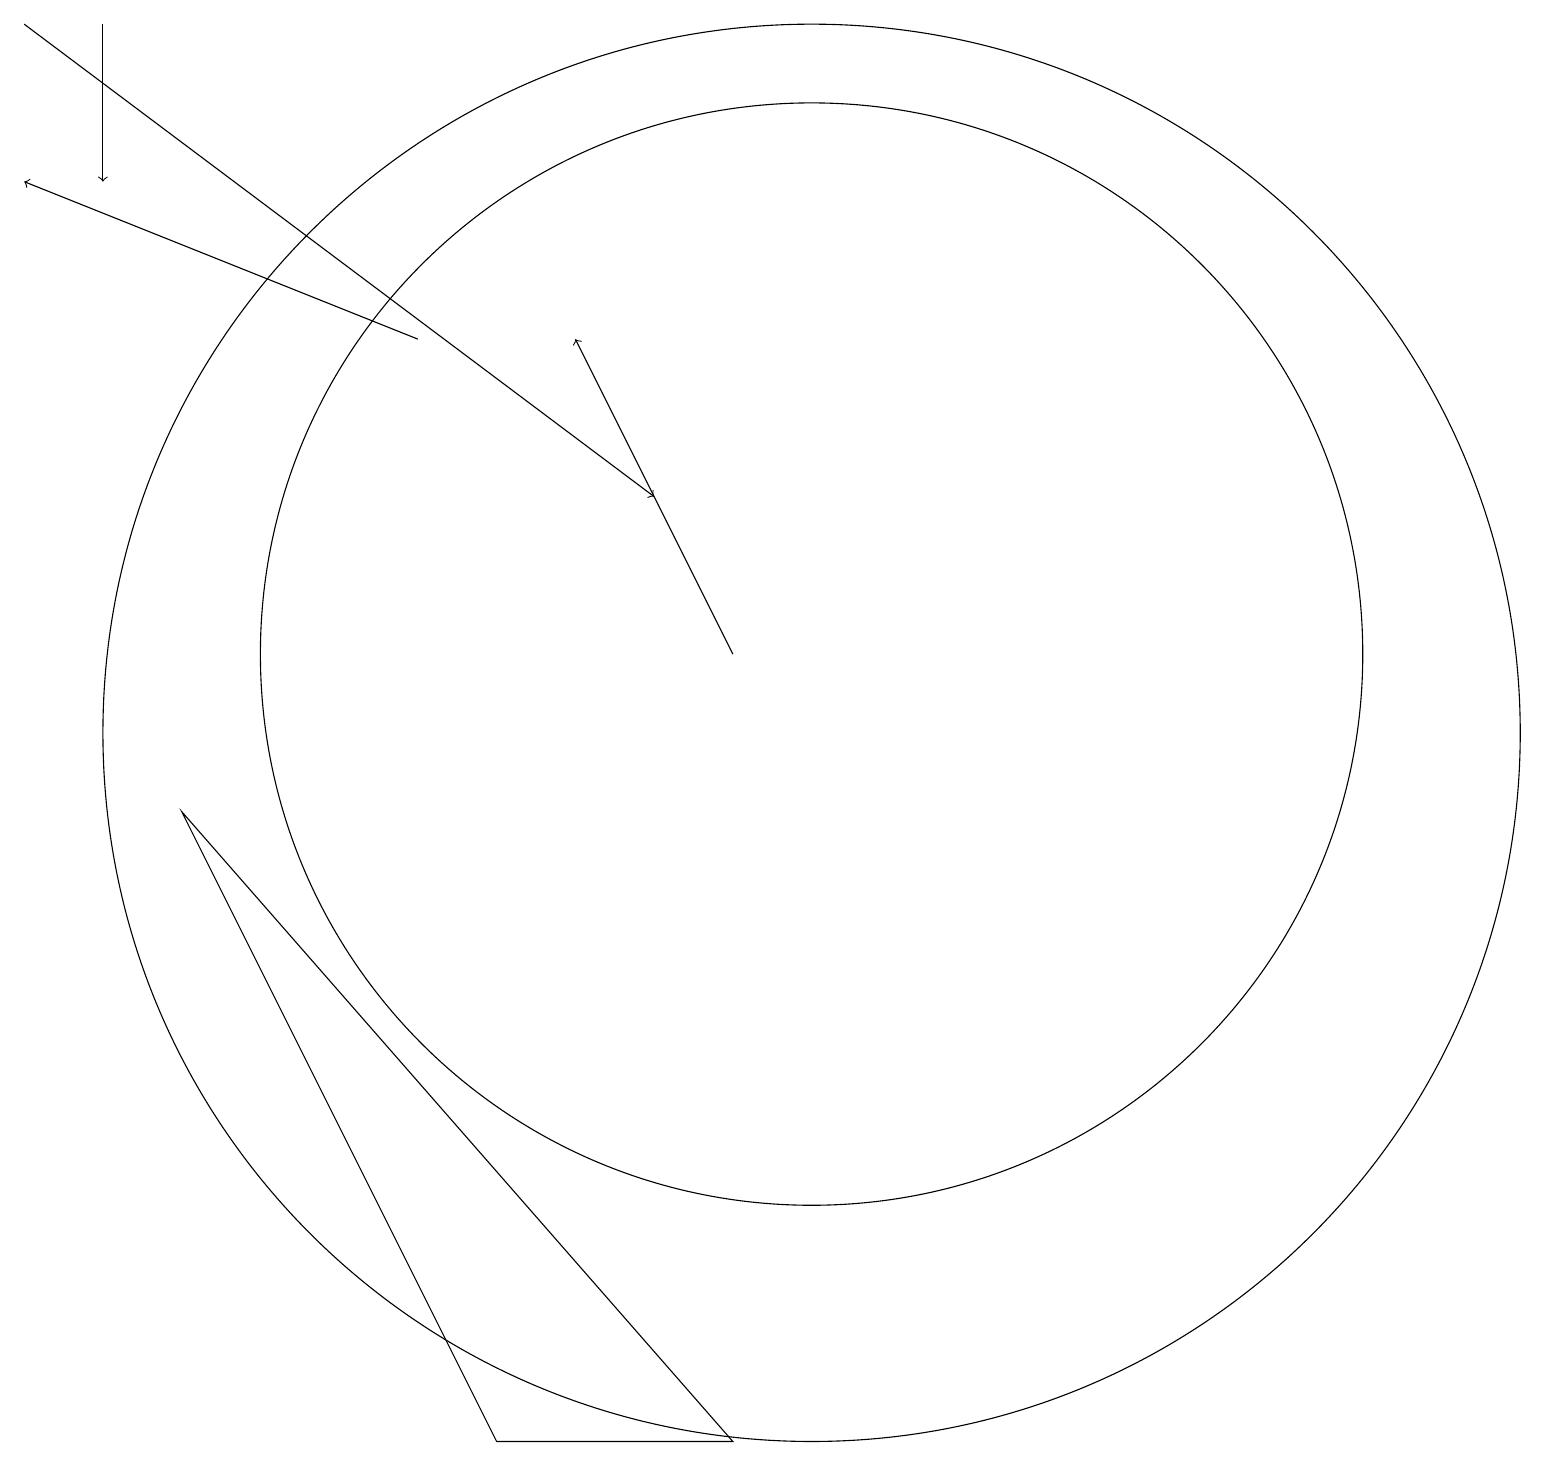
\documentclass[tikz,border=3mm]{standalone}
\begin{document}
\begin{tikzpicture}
\draw (10,10) circle (9);
\draw (2,9) -- (9,1) -- (6,1) -- cycle;
\draw[->] (9,11) -- (7,15);
\draw (10,11) circle (7);
\draw[->] (1,19) -- (1,17);
\draw[->] (5,15) -- (0,17);
\draw[->] (0,19) -- (8,13);
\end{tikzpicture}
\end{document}